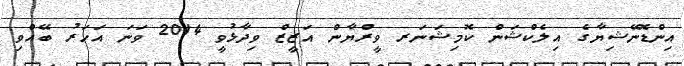
އިންޑޮނޭޝިޔާގެ އިލެކްޝަން ކޮމިޝަނަރ ވީރްޔާން އަޒީޒް ވިދާޅުވީ 2014 ވަނަ އަހަރު ބޭއްވި